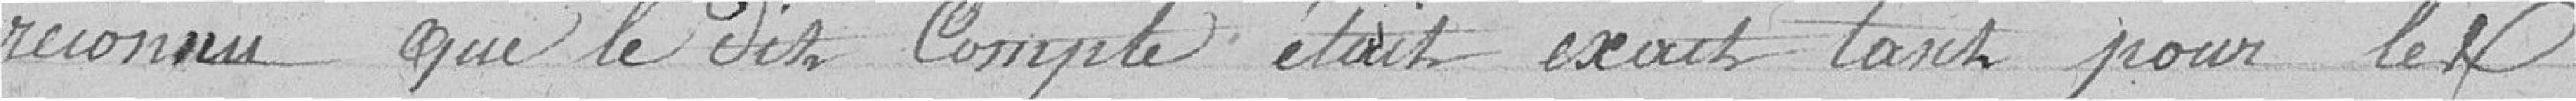
reconnu que le dit Compte était exact tant pour Mr